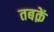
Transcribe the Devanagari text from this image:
तबक़ें